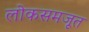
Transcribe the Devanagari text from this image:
लोकसमजूत